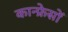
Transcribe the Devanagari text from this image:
कान्फ्रेसों